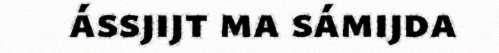
ássjijt ma sámijda